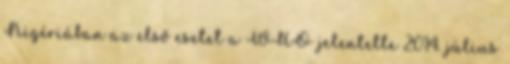
Nigériában az első esetet a WHO jelentette 2014. július